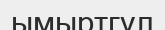
ымыртгүл